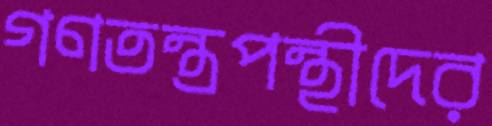
গণতন্ত্রপন্থীদের